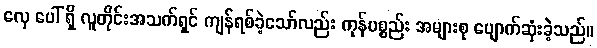
လှေ ပေါ် ရှိ လူတိုင်းအသက်ရှင် ကျန်ရစ်ခဲ့သော်လည်း ကုန်ပစ္စည်း အများစု ပျောက်ဆုံးခဲ့သည်။